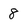
Character: 8